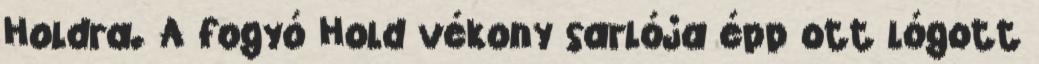
Holdra. A fogyó Hold vékony sarlója épp ott lógott